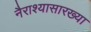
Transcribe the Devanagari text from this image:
नैराश्यासारख्या